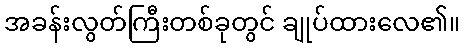
အခန်းလွတ်ကြီးတစ်ခုတွင် ချုပ်ထားလေ၏။